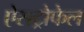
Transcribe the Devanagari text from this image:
ऐसट्रोफेल